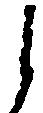
し